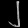
Digit: ၂